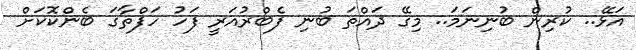
އަޅޭ.. ކުރިން ބުނިނަމަ.. މިގޭ ދައްތަ ބުނި ފެބްރުއަރީ ފަހު ހަފްތާގަ ބެންކޮކަށް